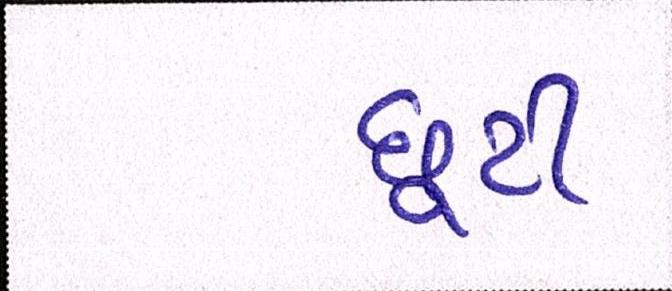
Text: છૂટી